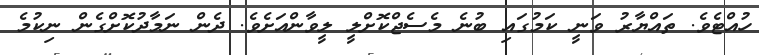
ހުއްޓެވެ. ތައްޔާރު ވަނީ ކަމުގައި ބުނެ މެސެޖްކޮށްލީ ލީވާންއަށެވެ. ދެން ނަމާދުކޮށްގެން ނިކުމެ